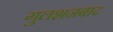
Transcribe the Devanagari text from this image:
गुलशनबाद